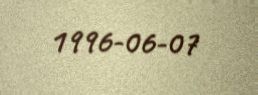
1996-06-07